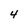
Character: 4